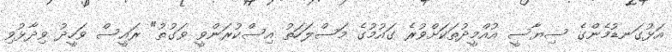
އަޅުގަނޑުމެންގެ ސިޔާސީ އުއްމީދުތަކަށްވުރެ ގައުމުގެ މަސްލަހަތު އިސްކުރަންވީ ވަގުތު" ރައީސް ވަހީދު ވިދާޅުވި